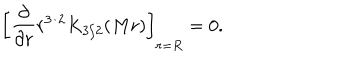
\left[ { \frac { \partial } { \partial r } } r ^ { 3 / 2 } K _ { 3 / 2 } ( M r ) \right] _ { r = R } = 0 .